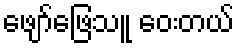
ဖျော်ဖြေသူ ဝေးတယ်